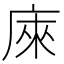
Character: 庲